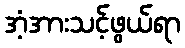
အံ့အားသင့်ဖွယ်ရာ